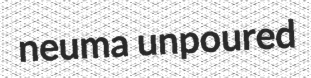
neuma unpoured